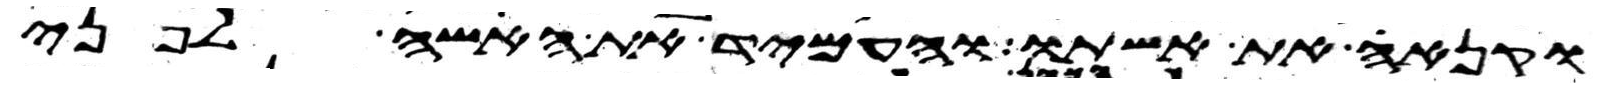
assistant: וקנא את אשתו והעמיד את האשה לפני